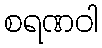
စရဏဝါ